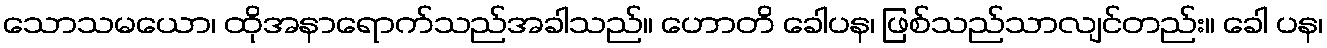
သောသမယော၊ ထိုအနာရောက်သည်အခါသည်။ ဟောတိ ခေါပန၊ ဖြစ်သည်သာလျင်တည်း။ ခေါ ပန၊